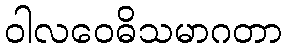
ဝါလဝေဓိသမာဂတာ